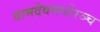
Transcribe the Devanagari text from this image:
वामदेवमघोरञ्च